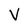
Character: V